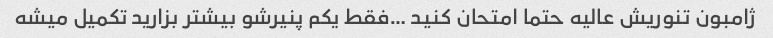
ژامبون تنوریش عالیه حتما امتحان کنید …فقط یکم پنیرشو بیشتر بزارید تکمیل میشه